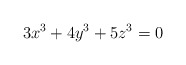
\begin{align*}3x^3+4y^3+5z^3=0\end{align*}